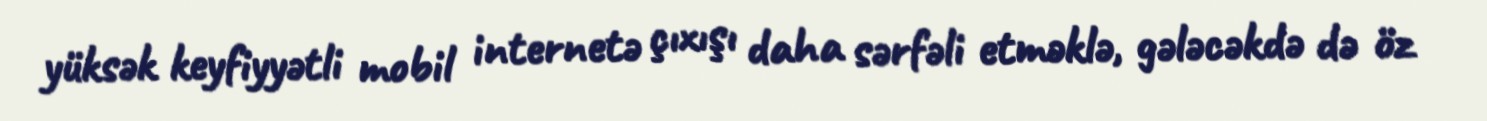
yüksək keyfiyyətli mobil internetə çıxışı daha sərfəli etməklə, gələcəkdə də öz